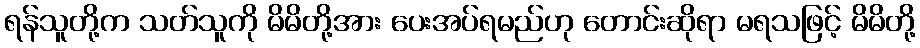
ရန်သူတို့က သတ်သူကို မိမိတို့အား ပေးအပ်ရမည်ဟု တောင်းဆိုရာ မရသဖြင့် မိမိတို့